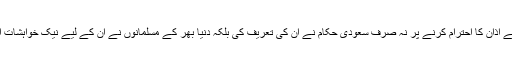
غیرمسلم ریفری کی جانب سے اذان کا احترام کرنے پر نہ صرف سعودی حکام نے ان کی تعریف کی بلکہ دنیا بھر کے مسلمانوں نے ان کے لیے نیک خواہشات اور تمناؤں کا اظہار بھی کیا۔